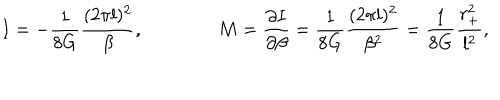
I = - { \frac { 1 } { 8 G } } { \frac { ( 2 \pi l ) ^ { 2 } } { \beta } } , \qquad \qquad M = { \frac { \partial I } { \partial \beta } } = { \frac { 1 } { 8 G } } { \frac { ( 2 \pi l ) ^ { 2 } } { \beta ^ { 2 } } } = { \frac { 1 } { 8 G } } { \frac { r _ { + } ^ { 2 } } { l ^ { 2 } } } ,